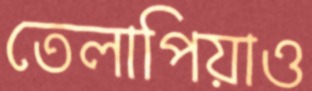
তেলাপিয়াও